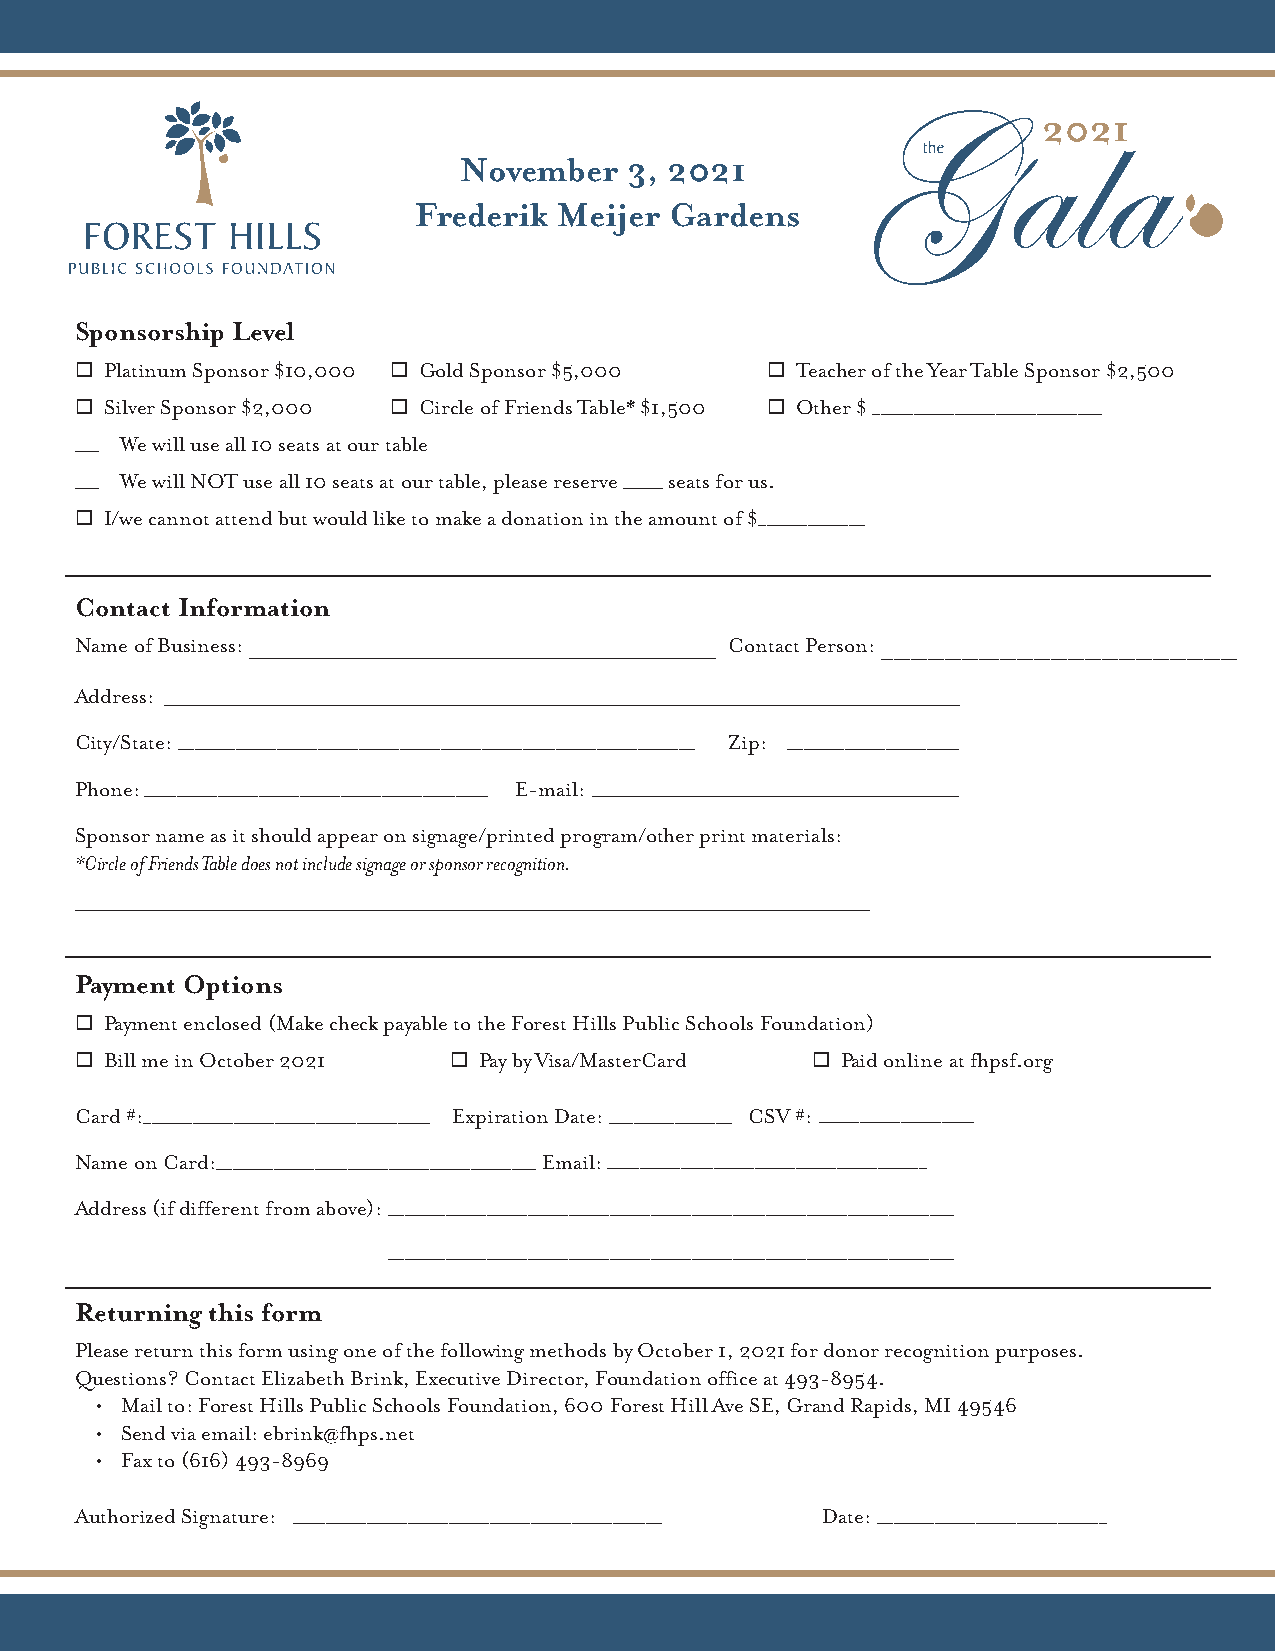
November    3, 2021
 Frederik  Meijer Gardens
 Sponsorship Level
  Platinum Sponsor $10,000  Gold Sponsor $5,000  Teacher of the Year Table Sponsor $2,500
  Silver Sponsor $2,000  Circle of Friends Table* $1,500  Other $ ____________________________
 ___ We will use all 10 seats at our table
 ___ We will NOT use all 10 seats at our table, please reserve _____ seats for us.
  I/we cannot attend but would like to make a donation in the amount of $_____________
 __________________________________________________________________________________________________
 Contact Information
 Name of Business:__ ________________________________________________________________________________ Contact Person:____________________________________________________________________________________
 Address: ________ __________________________________________________________________________________
 City/State: _______________________________________________________________ Zip: _____________________
 Phone:__________________________________________ E-mail: ______________ ____________________________
 Sponsor name as it should appear on signage/printed program/other print materials:
 *Circle of Friends Table does not include signage or sponsor recognition.
 __________________________________________________________________________________________
 __________________________________________________________________________________________________
 Payment Options
  Payment enclosed (Make check payable to the Forest Hills Public Schools Foundation)
  Bill me in October 2021  Pay by Visa/MasterCard  Paid online at fhpsf.org
 Card #:___________________________________ Expiration Date: _______________ CSV #: ___________________
 Name on Card:_______________________________________ Email:_______________________________________
 Address (if different from above):__ ___________________________________________________________________
 _____________________________________________________________________
 __________________________________________________________________________________________________
 Returning this form
 Please return this form using one of the following methods by October 1, 2021 for donor recognition purposes.
 Questions? Contact Elizabeth Brink, Executive Director, Foundation office at 493-8954.
 • Mail to: Forest Hills Public Schools Foundation, 600 Forest Hill Ave SE, Grand Rapids, MI 49546
 • Send via email: ebrink@fhps.net
 • Fax to (616) 493-8969
 Authorized Signature: _____________________________________________ Date: ____________________________